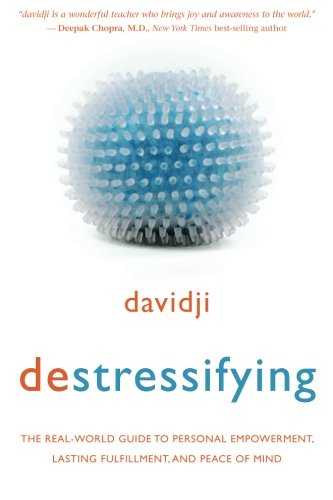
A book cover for destressifying: The Real-World Guide to Personal Empowerment, Lasting Fulfillment, and Peace of Mind; davidji; Self-Help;